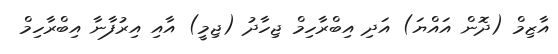
އާޒިމް (ދޮން އައްޔަ) އަދި އިބްރާހިމް ޖިހާދު (ޖިމީ) އާއި އިރުފާނާ އިބްރާހިމް